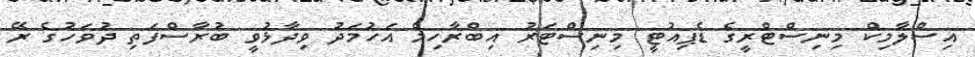
އިސްލާމިކް މިނިސްޓްރީގެ ޑެޕިއުޓީ މިނިސްޓަރު އިބްރާހިމް އަހުމަދު ވިދާޅުވީ ބުރާސްފަތި ދުވަހުގެ ރޭ